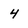
Character: 4